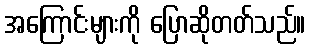
အကြောင်းများကို ပြောဆိုတတ်သည်။